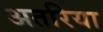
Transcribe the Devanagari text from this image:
अतरिया